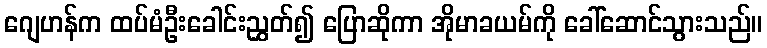
ဂျေဟန်က ထပ်မံဦးခေါင်းညွှတ်၍ ပြောဆိုကာ အိုမာခယမ်ကို ခေါ်ဆောင်သွားသည်။